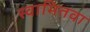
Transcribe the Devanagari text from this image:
स्वामितवा